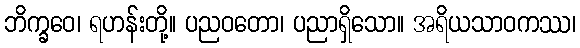
ဘိက္ခဝေ၊ ရဟန်းတို့။ ပညဝတော၊ ပညာရှိသော။ အရိယသာဝကဿ၊